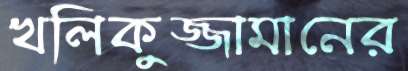
খলিকুজ্জামানের